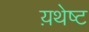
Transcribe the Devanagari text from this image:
य़थेष्ट